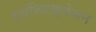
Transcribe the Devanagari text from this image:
हाइब्रिडाइजेशन